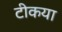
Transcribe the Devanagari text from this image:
टीकया